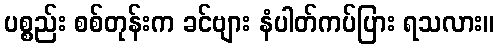
ပစ္စည်း စစ်တုန်းက ခင်ဗျား နံပါတ်ကပ်ပြား ရသလား။